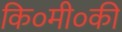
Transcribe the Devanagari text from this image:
कि०मी०की